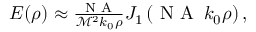
\begin{array} { r } { E ( \rho ) \approx \frac { \textrm { N A } } { \mathcal { M } ^ { 2 } k _ { 0 } \rho } J _ { 1 } \left( \textrm { N A } \, k _ { 0 } \rho \right) , } \end{array}